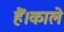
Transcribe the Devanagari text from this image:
हैं।काले